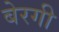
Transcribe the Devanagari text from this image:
बेरगी